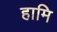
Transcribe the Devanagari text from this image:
हामि